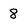
Character: 8